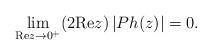
LaTeX: \begin{align*}\lim_{{\rm Re} z\to 0^+} (2{\rm Re} z) \left|Ph(z)\right| = 0.\end{align*}